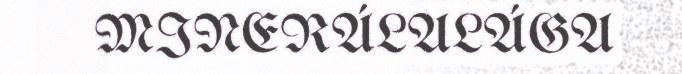
MINERÁLALÁGA